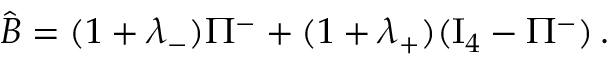
\hat { B } = ( 1 + \lambda _ { - } ) \Pi ^ { - } + ( 1 + \lambda _ { + } ) ( \mathrm { I } _ { 4 } - \Pi ^ { - } ) \, .